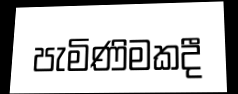
පැමිණිමකදී